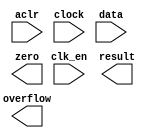
// megafunction wizard: %ALTFP_SQRT%VBB%
// GENERATION: STANDARD
// VERSION: WM1.0
// MODULE: altfp_sqrt 

// ============================================================
// Megafunction Name(s):
// 			altfp_sqrt
//
// Simulation Library Files(s):
// 			lpm
// ============================================================
// ************************************************************
// THIS IS A WIZARD-GENERATED FILE. DO NOT EDIT THIS FILE!
//
// 17.1.0 Build 590 10/25/2017 SJ Lite Edition
// ************************************************************

//Copyright (C) 2017  Intel Corporation. All rights reserved.
//Your use of Intel Corporation's design tools, logic functions 
//and other software and tools, and its AMPP partner logic 
//functions, and any output files from any of the foregoing 
//(including device programming or simulation files), and any 
//associated documentation or information are expressly subject 
//to the terms and conditions of the Intel Program License 
//Subscription Agreement, the Intel Quartus Prime License Agreement,
//the Intel FPGA IP License Agreement, or other applicable license
//agreement, including, without limitation, that your use is for
//the sole purpose of programming logic devices manufactured by
//Intel and sold by Intel or its authorized distributors.  Please
//refer to the applicable agreement for further details.

module fpsquare (
	aclr,
	clk_en,
	clock,
	data,
	overflow,
	result,
	zero)/* synthesis synthesis_clearbox = 1 */;

	input	  aclr;
	input	  clk_en;
	input	  clock;
	input	[31:0]  data;
	output	  overflow;
	output	[31:0]  result;
	output	  zero;

endmodule

// ============================================================
// CNX file retrieval info
// ============================================================
// Retrieval info: PRIVATE: FPM_FORMAT NUMERIC "0"
// Retrieval info: PRIVATE: INTENDED_DEVICE_FAMILY STRING "Cyclone V"
// Retrieval info: PRIVATE: SYNTH_WRAPPER_GEN_POSTFIX STRING "0"
// Retrieval info: LIBRARY: altera_mf altera_mf.altera_mf_components.all
// Retrieval info: CONSTANT: INTENDED_DEVICE_FAMILY STRING "Cyclone V"
// Retrieval info: CONSTANT: PIPELINE NUMERIC "16"
// Retrieval info: CONSTANT: ROUNDING STRING "TO_NEAREST"
// Retrieval info: CONSTANT: WIDTH_EXP NUMERIC "8"
// Retrieval info: CONSTANT: WIDTH_MAN NUMERIC "23"
// Retrieval info: USED_PORT: aclr 0 0 0 0 INPUT NODEFVAL "aclr"
// Retrieval info: USED_PORT: clk_en 0 0 0 0 INPUT NODEFVAL "clk_en"
// Retrieval info: USED_PORT: clock 0 0 0 0 INPUT NODEFVAL "clock"
// Retrieval info: USED_PORT: data 0 0 32 0 INPUT NODEFVAL "data[31..0]"
// Retrieval info: USED_PORT: overflow 0 0 0 0 OUTPUT NODEFVAL "overflow"
// Retrieval info: USED_PORT: result 0 0 32 0 OUTPUT NODEFVAL "result[31..0]"
// Retrieval info: USED_PORT: zero 0 0 0 0 OUTPUT NODEFVAL "zero"
// Retrieval info: CONNECT: @aclr 0 0 0 0 aclr 0 0 0 0
// Retrieval info: CONNECT: @clk_en 0 0 0 0 clk_en 0 0 0 0
// Retrieval info: CONNECT: @clock 0 0 0 0 clock 0 0 0 0
// Retrieval info: CONNECT: @data 0 0 32 0 data 0 0 32 0
// Retrieval info: CONNECT: overflow 0 0 0 0 @overflow 0 0 0 0
// Retrieval info: CONNECT: result 0 0 32 0 @result 0 0 32 0
// Retrieval info: CONNECT: zero 0 0 0 0 @zero 0 0 0 0
// Retrieval info: GEN_FILE: TYPE_NORMAL fpsquare.v TRUE
// Retrieval info: GEN_FILE: TYPE_NORMAL fpsquare.inc FALSE
// Retrieval info: GEN_FILE: TYPE_NORMAL fpsquare.cmp TRUE
// Retrieval info: GEN_FILE: TYPE_NORMAL fpsquare.bsf TRUE
// Retrieval info: GEN_FILE: TYPE_NORMAL fpsquare_inst.v TRUE
// Retrieval info: GEN_FILE: TYPE_NORMAL fpsquare_bb.v TRUE
// Retrieval info: LIB_FILE: lpm